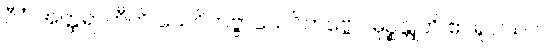
ဂီဝံ အတ္ထရာဟီတိ သေဝိတဗ္ဗာသေဝိတဗ္ဗေ ပမုဉ္စန္တူတိ ဧဝရူပါယပိ